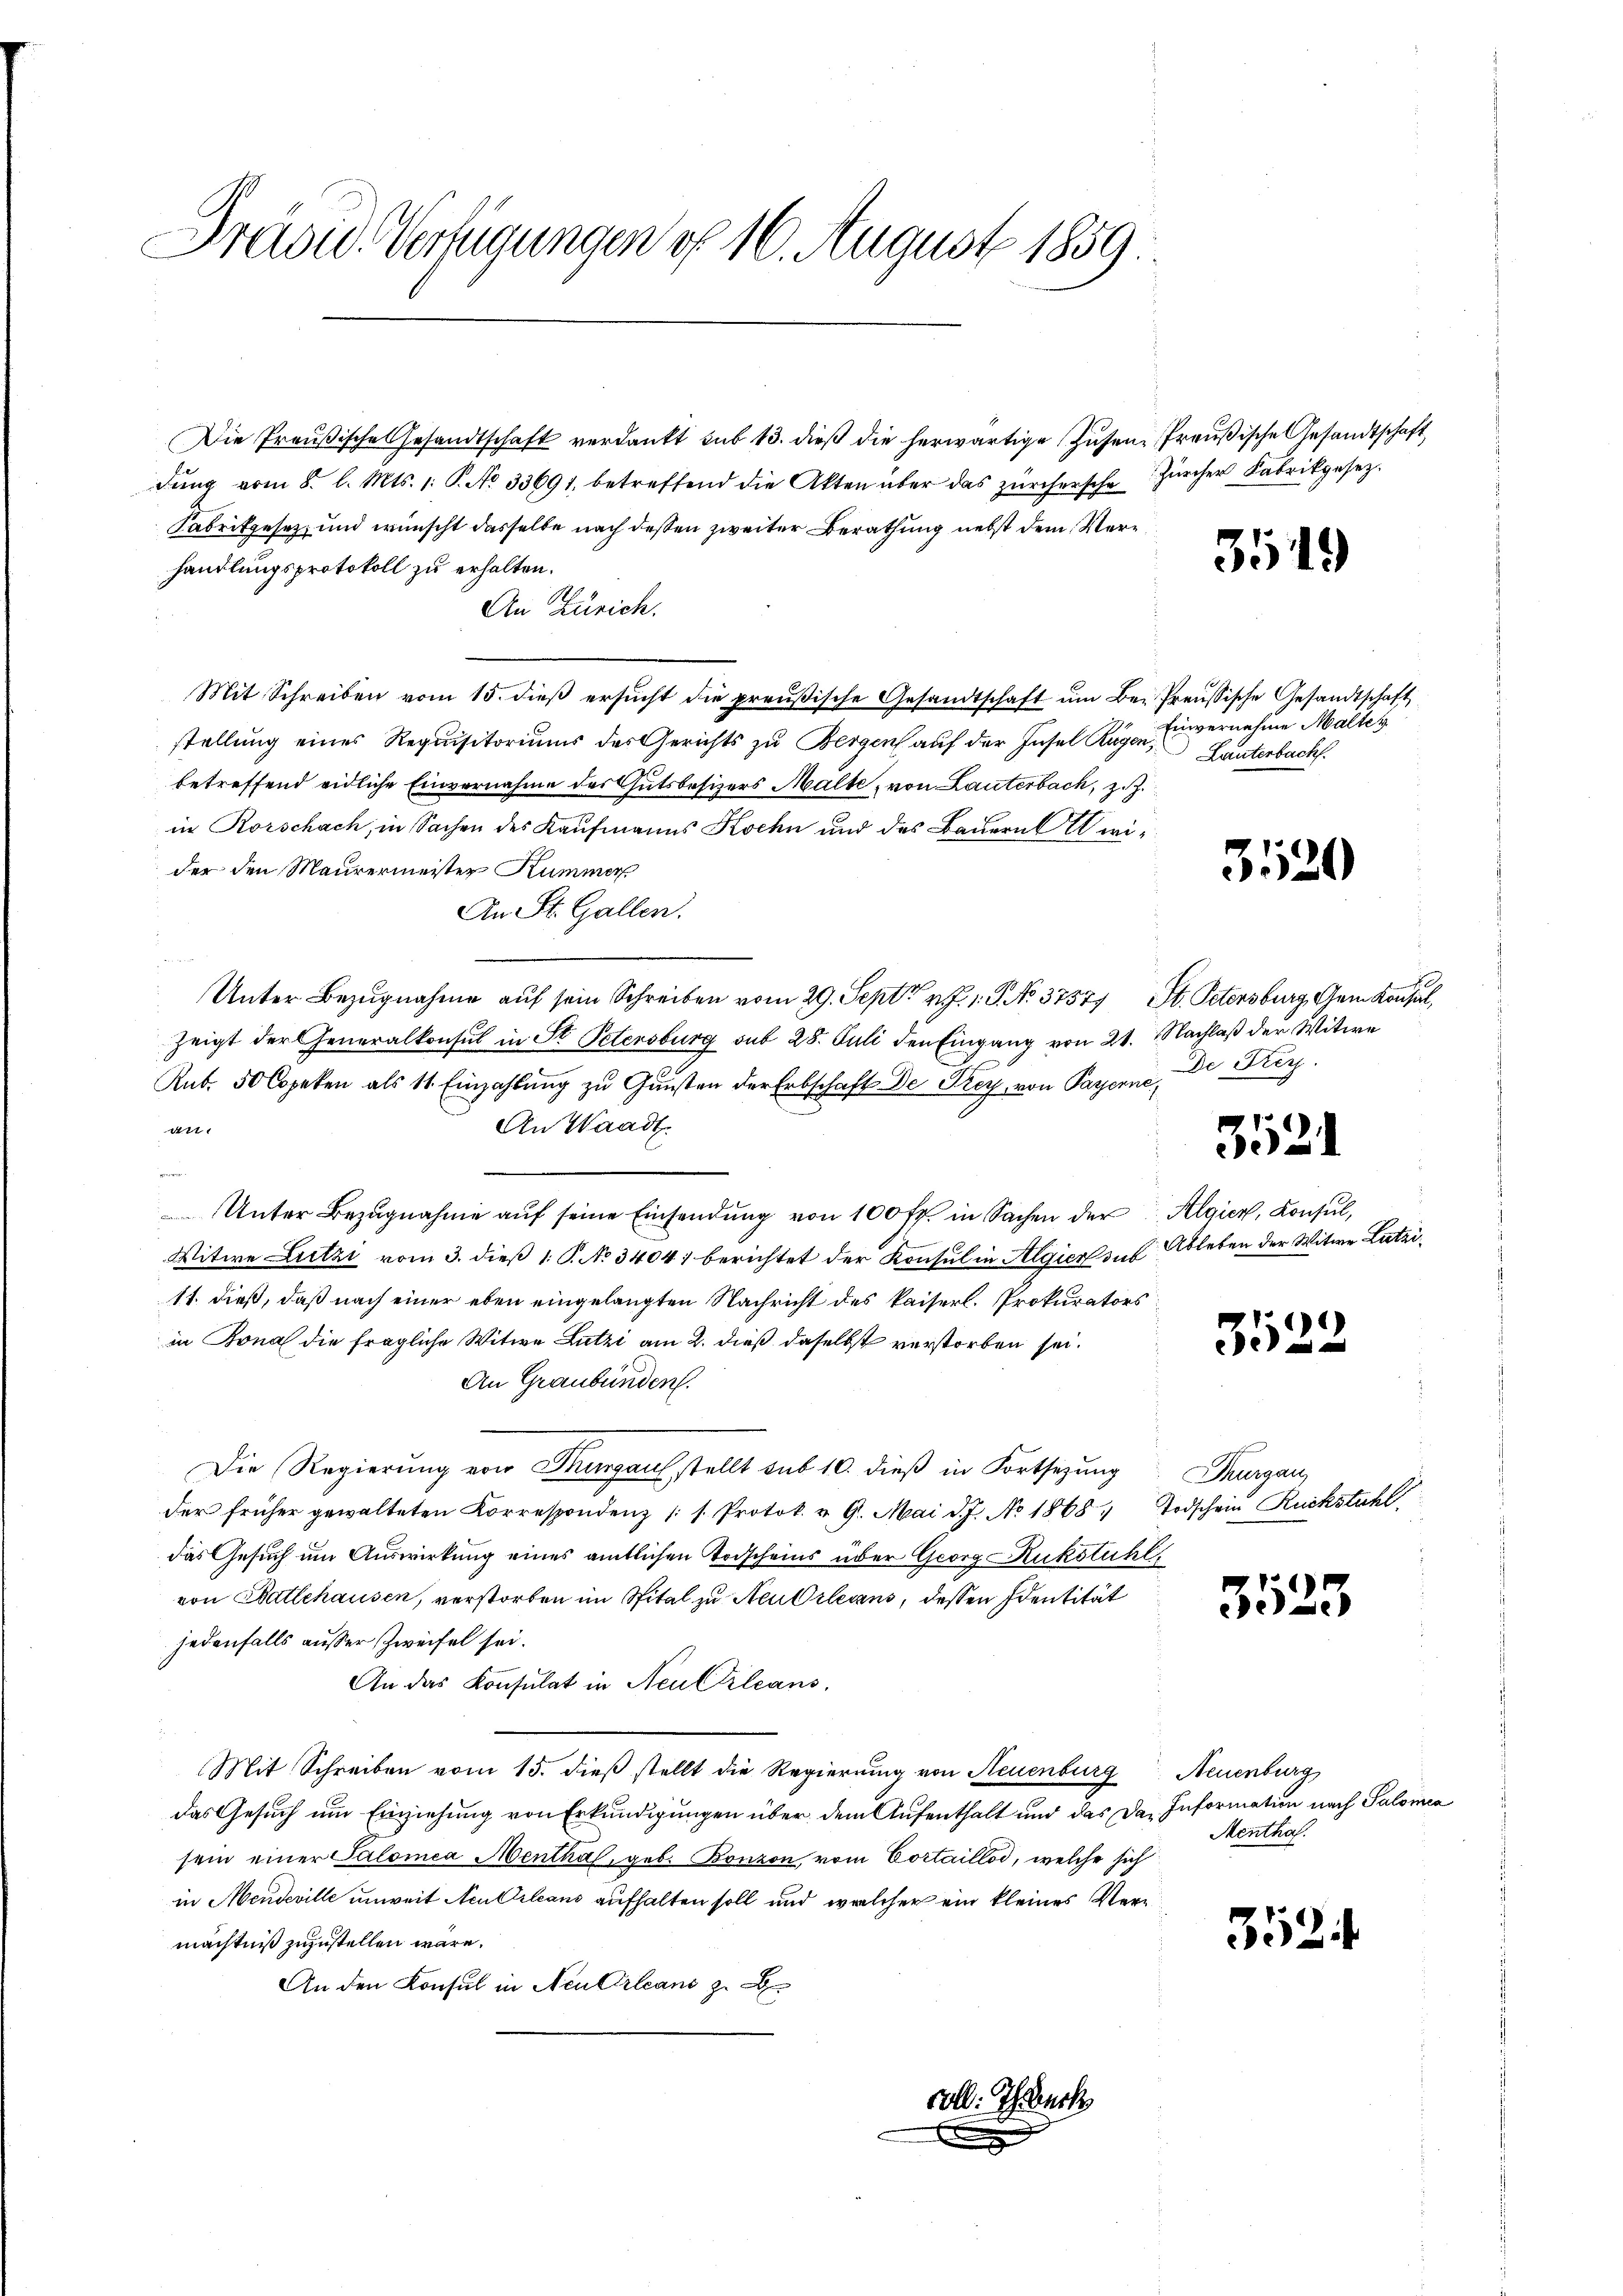
Dradu Verfügungen d. 16. August 1859:

Die Preußische Gesandtschaft verdankt sub 13. dieß die herwärtige Zusen Preußische Gesandtschaft,
dŭng vom 8. l. Mts. 1. P. No 33691, betreffend die Akten über das zürchersche Zürcher Fabrikgesez
Fabrikgesez und wünscht dasselbe nach dessen zweiter Berathung nebst dem Verhandlungsprotokoll zu erhalten.
An Zürich.
Mit Schreiben vom 15. dieβ ersŭcht die preußische Gesandtschaft ŭm Be- Preussische Gesandtschaft
stellung eines Requisitoriums des Gerichts zu Bergen auf der Insel Augen Einvernehme Malter
betreffend eidliche Einvernahme des Gutsbesizers Malte, von Lauterbach, z.Z.
in Rorschach, in Sachen des Kaufmanns Kochn und des Bauern wider den Maurermeister Kummer
An St. Gallen.
Unter Bezugnahme auf sein Schreiben vom 29. Sept. 1. G. No 37577 St. Petersburg, Gem Konsul,
zeigt der Generalkonsul in St. Petersburg sub 28. Juli den Eingang von 21. Nachlaß der Witwe
Rub. 50 Copeken als 11 Einzahlung zu Gunsten der Erbschaft De Frey, von Payerne,
An Waadt.
21
Br 47
Unter Bezŭgnahme aŭf seine Einsendŭng von 100 fr. in Sachen der Algier, Konsul,
Witwe Lutzi vom 3. dieß 1. P. No 3404) berichtet der Konsul in Algiert das Ableben der Witwe Lutzi¬
11. dieß, daß nach einer eben eingelangten Nachricht des kaiserl. Prokurators
in Bona die fragliche Witwe Lutzi am 2. dieß daselbst verstorben sei.
An Graubünden.
Die Regierung von Thurgau stellt sub 10. dieß in Fortsetzung Thurgau,
der früher gewalteten Korrespondenz (s. Protok. v. 9. Mai d. J. No 1868 „ Todschein Rückstuhl,
das Gesuch um Auswirkung eines amtlichen Todscheins über Georg Rukstuhl
von Batlchausen, verstorben im Spital zu Neu Orlesens, dessen Identität
jedenfalls ausser Zweifel sei.
An das Konsulat in Neuktrleans,
Mit Schreiben vom 15. dieß stellt die Regierung von Neuenburg, Neuenburg
das Gesuch um Einziehung von Erkundigungen über dem Aufenthalt und das Das Information nach Salomea
sein einer Salomea Menthal, geb. Bonzon, vom Cortaillod, welche sich
in Mendeville unweit Neu Orleans aufhalten soll und welcher ein kleines Vermächtniß zuzustellen wäre.
An den Konsul in Neu Orleans zu
soll. Ich erk

3519

Lauterbach.

3520

A
De Frey

3521

3522

3523

3524

Menthal.